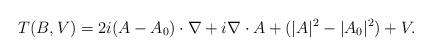
LaTeX: \begin{align*} T(B,V) = 2 i (A-A_0)\cdot \nabla +i \nabla\cdot A + (|A|^2-|A_0|^2) + V. \end{align*}